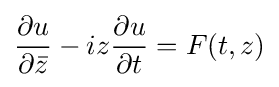
{\frac {\partial u}{\partial {\bar {z}}}}-iz{\frac {\partial u}{\partial t}}=F(t,z)